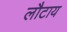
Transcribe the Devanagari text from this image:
लौटाय